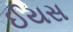
ઈયસ